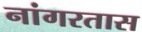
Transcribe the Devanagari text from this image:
नांगरतास